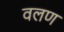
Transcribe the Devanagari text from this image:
वलण